Eesti_Evangeeliumi_Luteri_Usu_Konsistoorium, lk 7
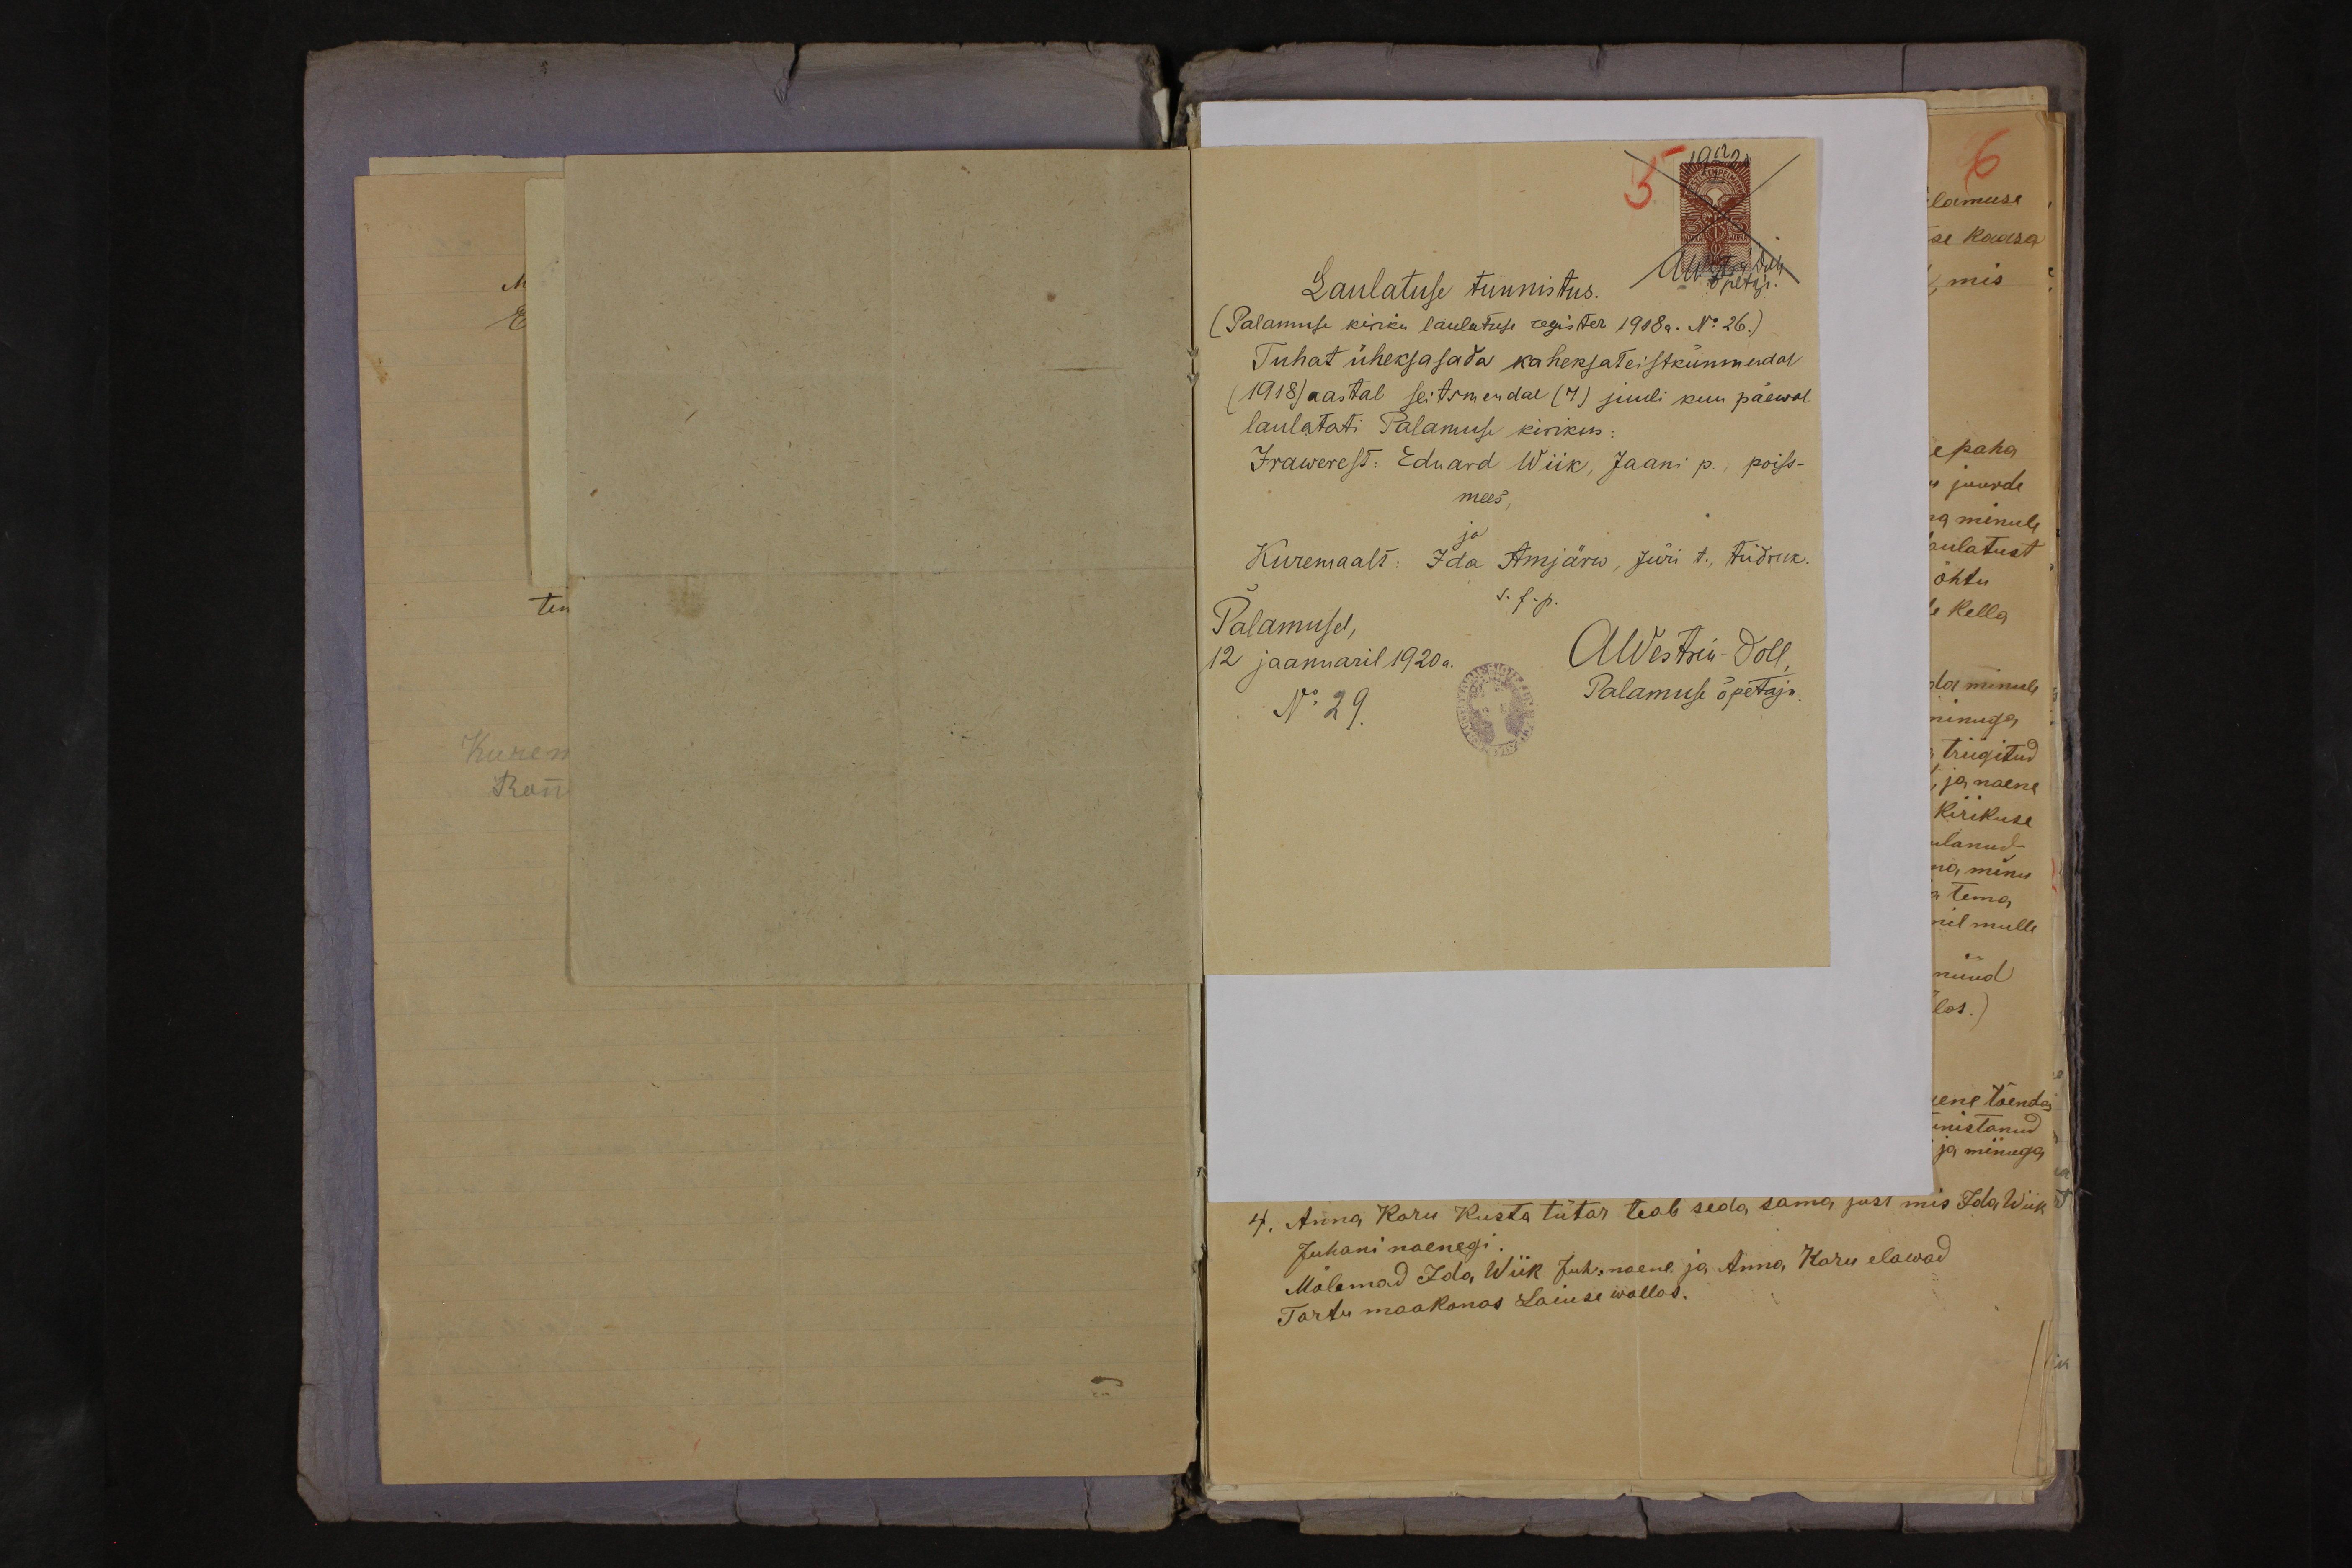
Laulatuse tunnistus-
(Palamuse kiriku laulatuse register 1918a. No 26.)
Tuhat üheksasada kaheksateistkümnendal
(1918) aastal seitsmendal (7) juuli kuu päewal
laulatati Palamuse kirikus:
Irawerest: Eduard Wiik, Jaani p., poiss-
mees,
ja
Kuremaalt: Ida Amjärw, Jüri t., tüdruk.
Palamusel,
s. f. p.
12 jaanuaril 1920 a.
AWestrén-Doll,
No 29.
Palamuse õpetaja